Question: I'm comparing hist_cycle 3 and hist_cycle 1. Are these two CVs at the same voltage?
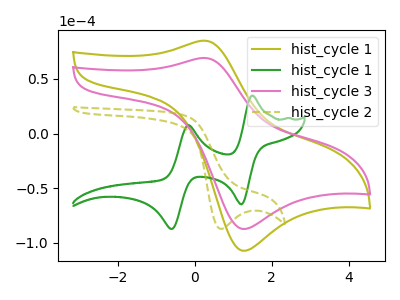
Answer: <think>The olive curve "hist_cycle 1" has an anodic peak at (0.25V, 84.95uA) and a cathodic peak at (1.25V, -107.05uA). The green curve "hist_cycle 1" has anodic peaks at (1.50V, 34.65uA) (-0.15V, 7.65uA) and cathodic peaks at (1.20V, -64.65uA) (-0.60V, -87.20uA). The pink curve "hist_cycle 3" has an anodic peak at (0.25V, 69.15uA) and a cathodic peak at (1.25V, -87.15uA). The olive dashed curve "hist_cycle 2" has a cathodic peak at: (0.70V, -87.20uA).
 All the peaks in "hist_cycle 3" have a peak in "hist_cycle 1" at the same potential. Every peak in "hist_cycle 3" is lower than every peak in "hist_cycle 1".</think>
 <answer>"hist_cycle 3" and "hist_cycle 1" are similar in shape.</answer>
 <eval>same_shape</eval>